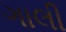
ગાલી